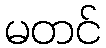
မတင်